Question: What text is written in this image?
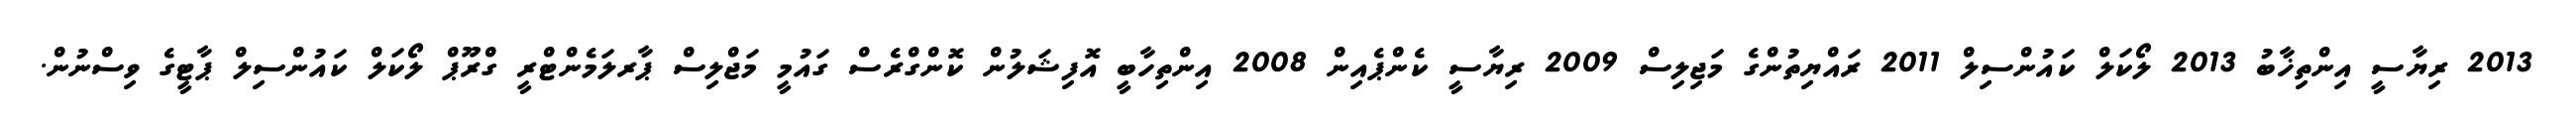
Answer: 2013 ރިޔާސީ އިންތިޚާބު 2013 ލޯކަލް ކައުންސިލް 2011 ރައްޔިތުންގެ މަޖިލިސް 2009 ރިޔާސީ ކެންޕެއިން 2008 އިންތިހާބީ އޮފިޝަލުން ކޮންގްރެސް ގައުމީ މަޖްލިސް ޕާރލަމެންޓްރީ ގްރޫޕް ލޯކަލް ކައުންސިލް ޕާޓީގެ ވިސްނުން.